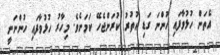
އެތަން ހުޅުވާފައި ހުންނަ ގަޑި އުތުރު ކުރަންޖެހޭ ކަމަށެވެ. މިހާރު ހުޅުވާފައި ހުންނަނީ